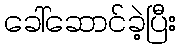
ခေါ်ဆောင်ခဲ့ပြီး